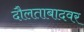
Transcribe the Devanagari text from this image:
दौलताबादवर